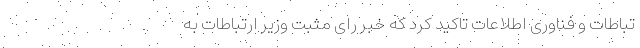
تباطات و فناوری اطلاعات تاکید کرد که خبر رای مثبت وزیر ارتباطات به